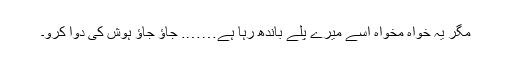
مگر یہ خواہ مخواہ اسے میرے پلے باندھ رہا ہے……. جاؤ جاؤ ہوش کی دوا کرو۔